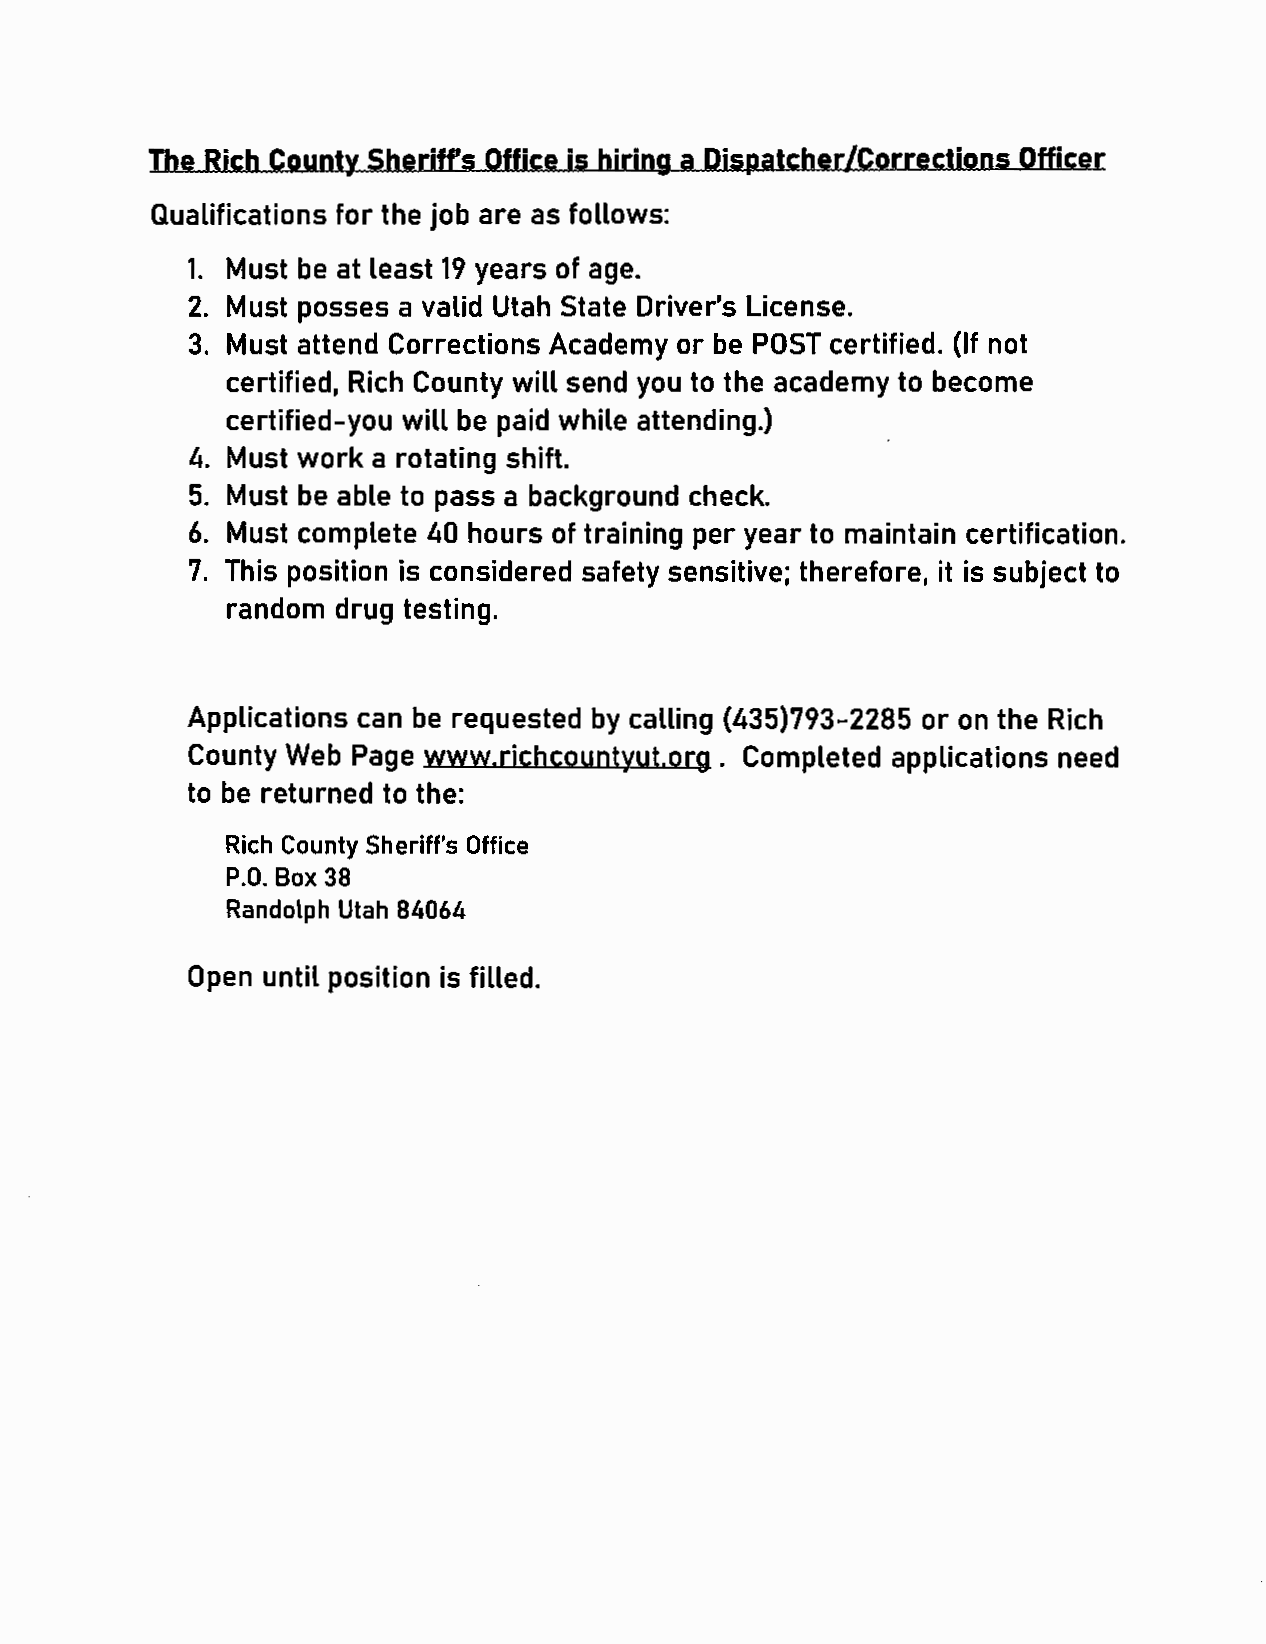
The Rich County Sheriff's Office is hiring a Dispatcher/Corrections Officer
 Qualifications for the job are as follows:
 1. Must be at least 19 years of age.
 2. Must posses a valid Utah State Driver's License.
 3. Must attend Corrections Academy or be POST certified. {If not
 certified, Rich County will send you to the academy to become
 certified-you will be paid while attending.)
 4. Must work a rotating shift.
 5. Must be able to pass a background check.
 6. Must complete 40 hours of training per year to maintain certification.
 7. This position is considered safety sensitive; therefore, it is subject to
 random drug testing.
 Applications can be requested by calling {435)793-2285 or on the Rich
 County Web Page www.richcountyut.org . Completed applications need
 to be returned to the:
 Rich County Sheriff's Office
 P.O. Box 38
 Randolph Utah 84064
 Open until position is filled.